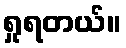
ရှုရတယ်။